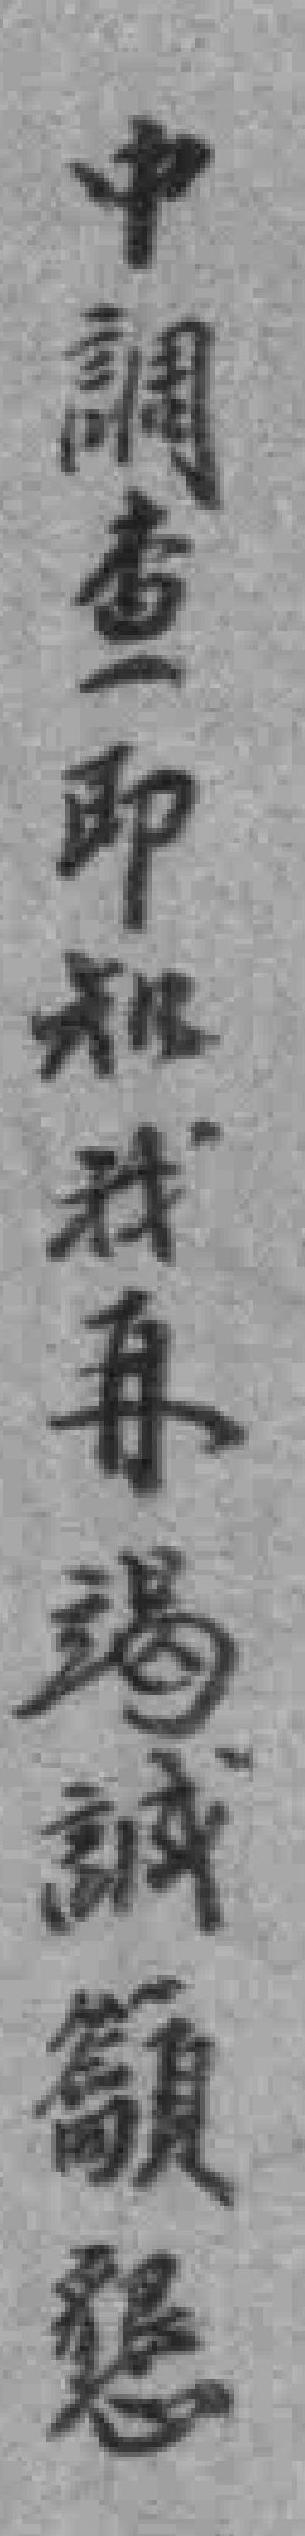
中調查即知我再竭誠籲懇